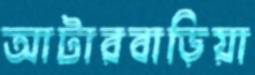
আটারবাড়িয়া